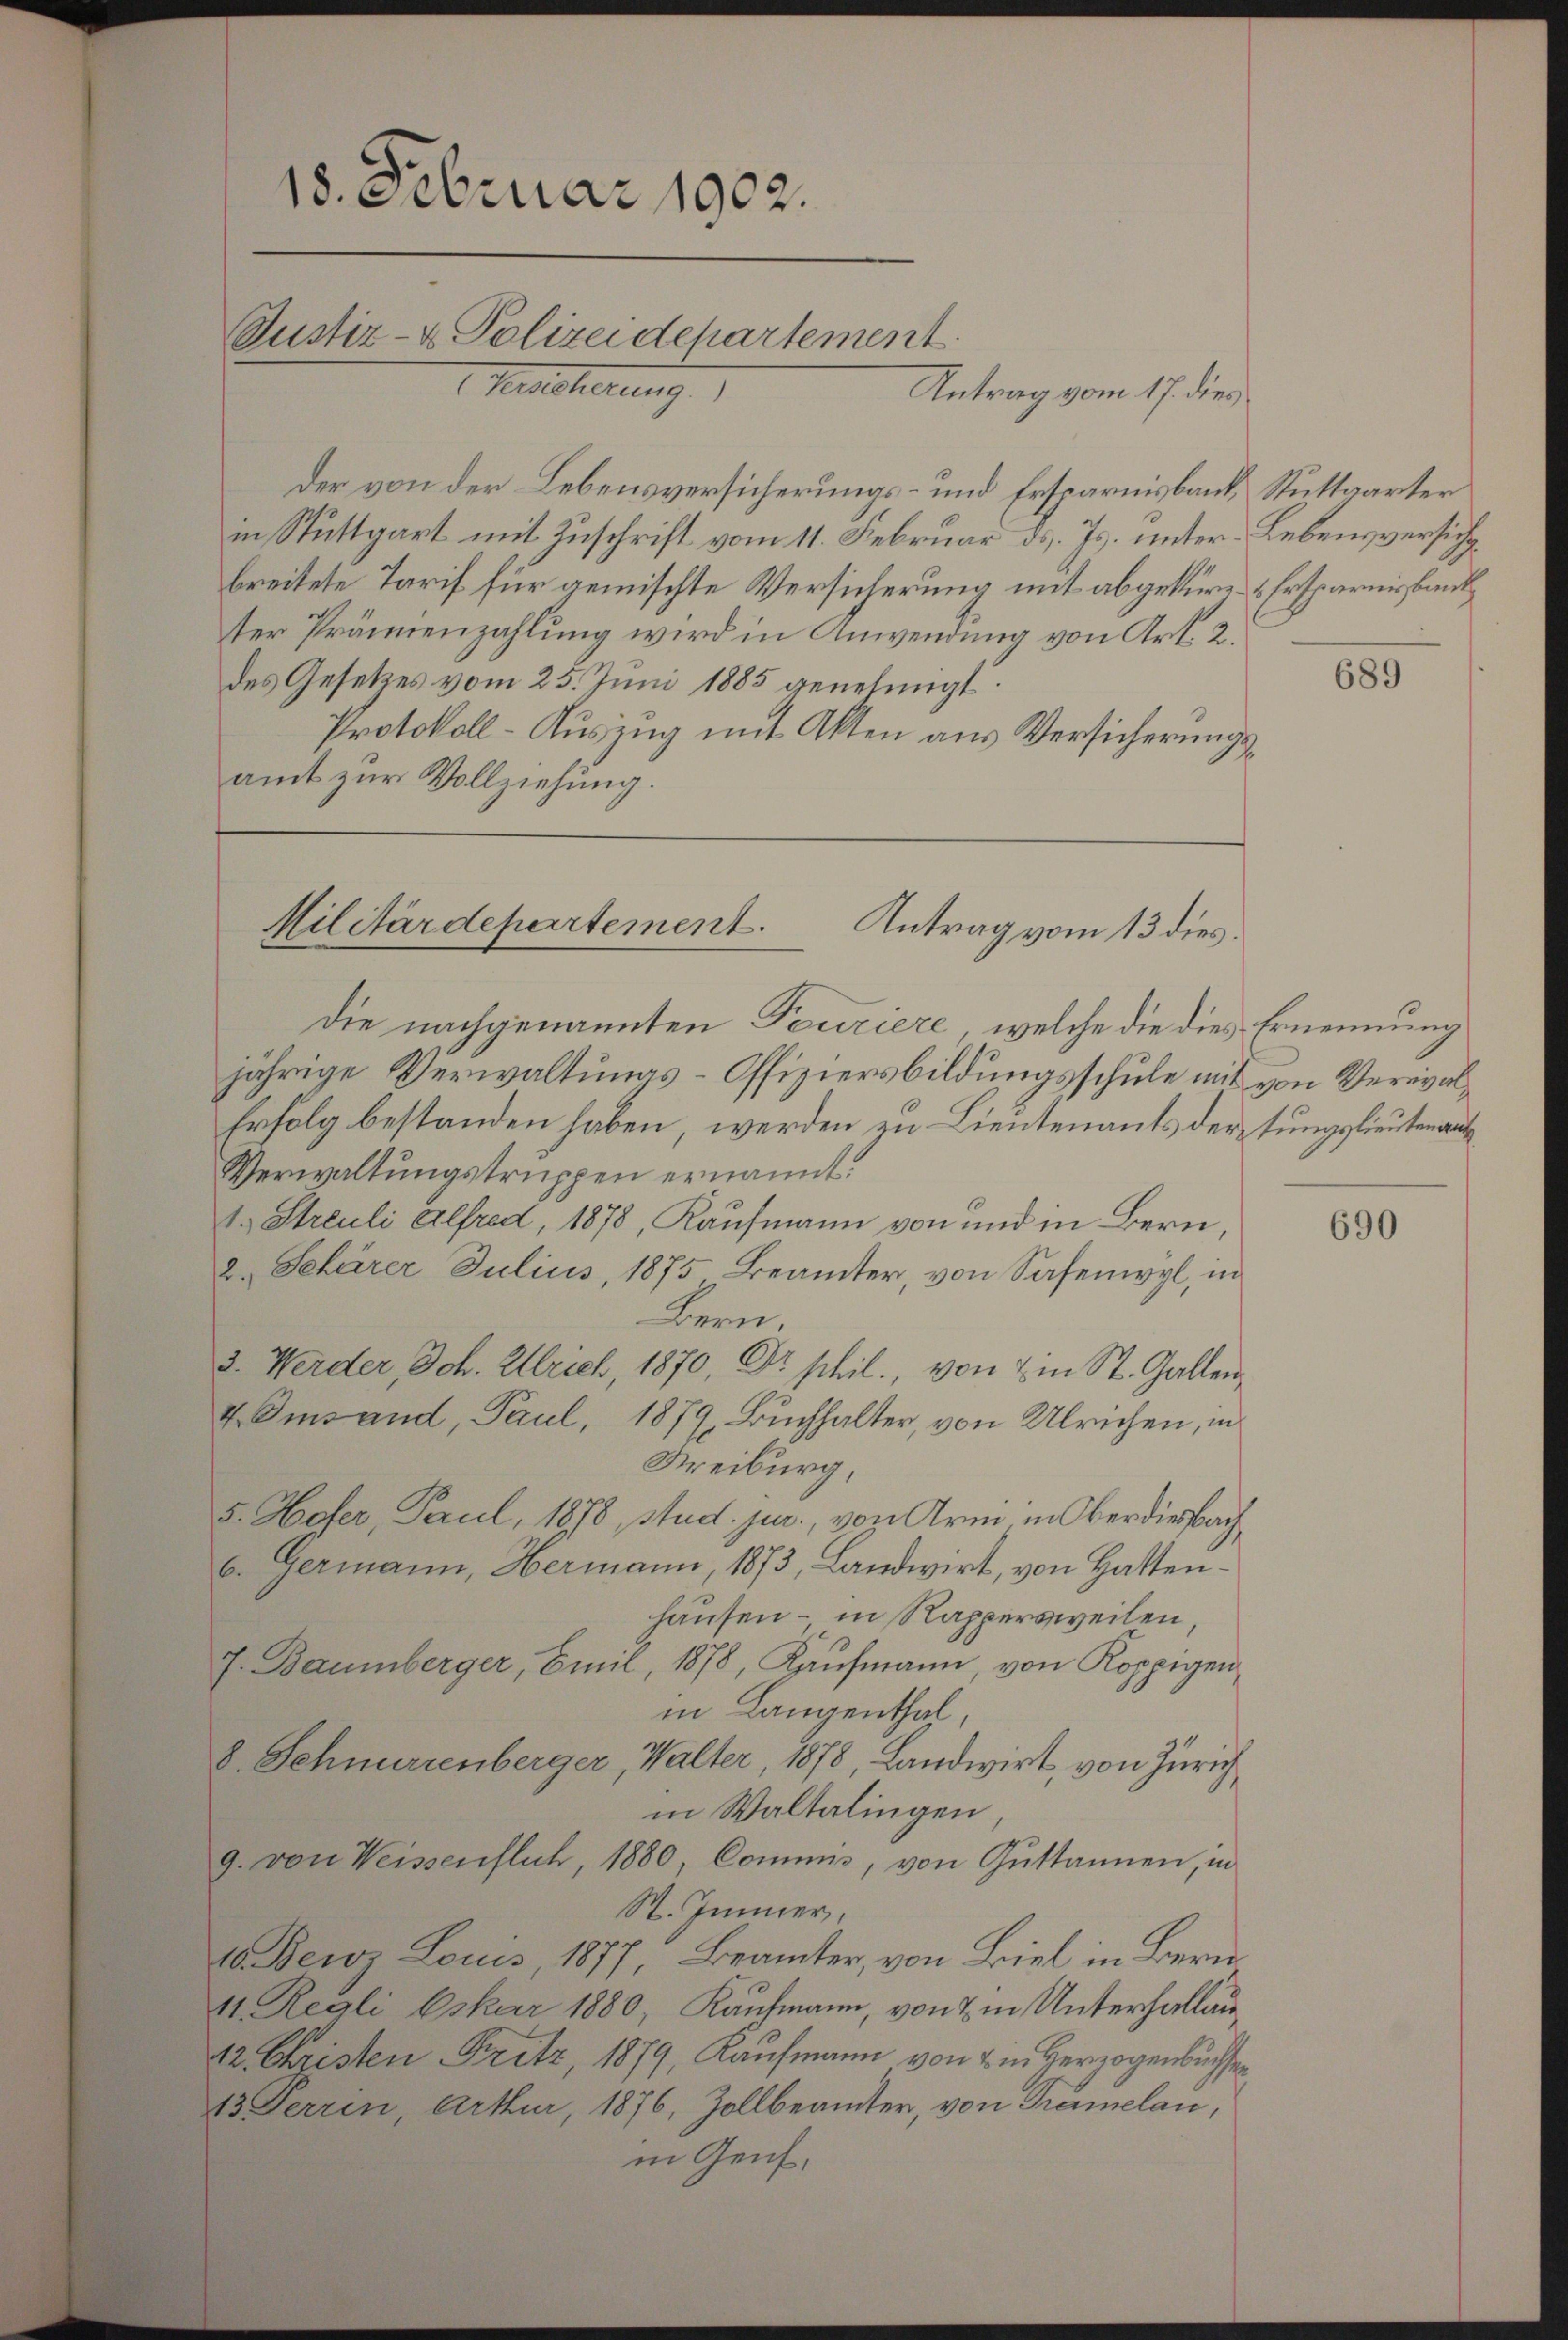
18. Februar 1902.
Justiz- & Polizeidepartement
 Melcherung

der von der Lebensversicherungs- und Ersparnisbank Stuttgarter
in Stuttgart mit Zuschrift vom 11. Februar ds. Js. unter Lebensversich
breitete Tarif für gemischte Versicherung mit abgeküre & Ersparnisbank
ter Prämienzahlung wird in Anwendung von Art. 2.
des Gesetzes vom 25. Juni 1885 genehmigt.
Protokoll-Auszug mit Akten aus Versicherungsamt zur Vollziehung.

Antrag vom 17. dies

Militärdepartement.
Antrag vom 13 dies
Die nachgenannten Feuriere, welche die dies Ernennung

jährige Verwaltungs-Offiziersbildungsschule mit von Verwal¬
Erfolg bestanden haben, werden zu Lieutenants der tungslieutenant
Verwaltungstruppen ernannt
1. Streuli Alfred, 1878, Kaufmann von und in Bern,
2. Sehärer Julius, 1875 Beamter, von Safenwyl, in
Bern.
2. Werder, Joh. Ulrich, 1870, Dr. phil., von 2 in St. Gallen,
4Omsand, Paul, 1879, Buchhalter, von Ulrichen, in
Kreiburg,
5. Hofer, Paul, 1878, Stud. jur., von Arm, in Oberdiesbach
6. Germann, Hermann, 1873, Landwirt, von Hattenhausen – in Rappersweilen,
J. Baumberger, Emil, 1878, Kaufmann, von Koppigenin Langenthal,
8. Sehnerrenberger, Walter, 1878, Landwirt, von Zürich
in Waltalingen,
9. von Weissenfluh, 1880, Commis, von Guttannen, in
St. Immer,
10. Benz Louis 1877, Beamter, von Biel in Bern
11. Regli Oskar 1880, Kaufmann, von & in Unterhallau¬
42. Christen Fritz, 1879, Kaufmann von 2 in Herzogenbüchsen
13 Ferren Arthur, 1876, Zollbeamter, von Tramelan,
in Genf.

689

690